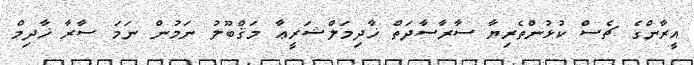
އީރާންގެ ޗެސް ކުޅުންތެރިޔާ ސާރާސާދަތް ޚާދިމަލްޝަރީޢާ މަޤްބޫލު ނަމުން ނަމަ ސާރާ ޚާދިމް